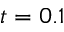
t = 0 . 1